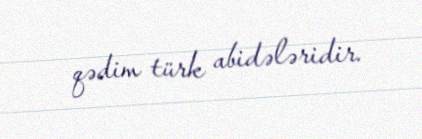
qədim türk abidələridir.